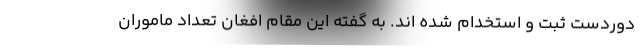
دوردست ثبت و استخدام شده اند. به گفته این مقام افغان تعداد ماموران